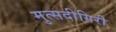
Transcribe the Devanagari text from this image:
मुत्सदीगिरी